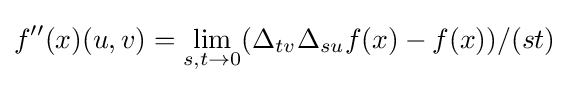
f''(x)(u,v)=\lim _{s,t\to 0}(\Delta _{tv}\Delta _{su}f(x)-f(x))/(st)